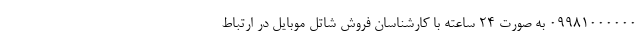
09981000000 به صورت 24 ساعته با کارشناسان فروش شاتل موبایل در ارتباط